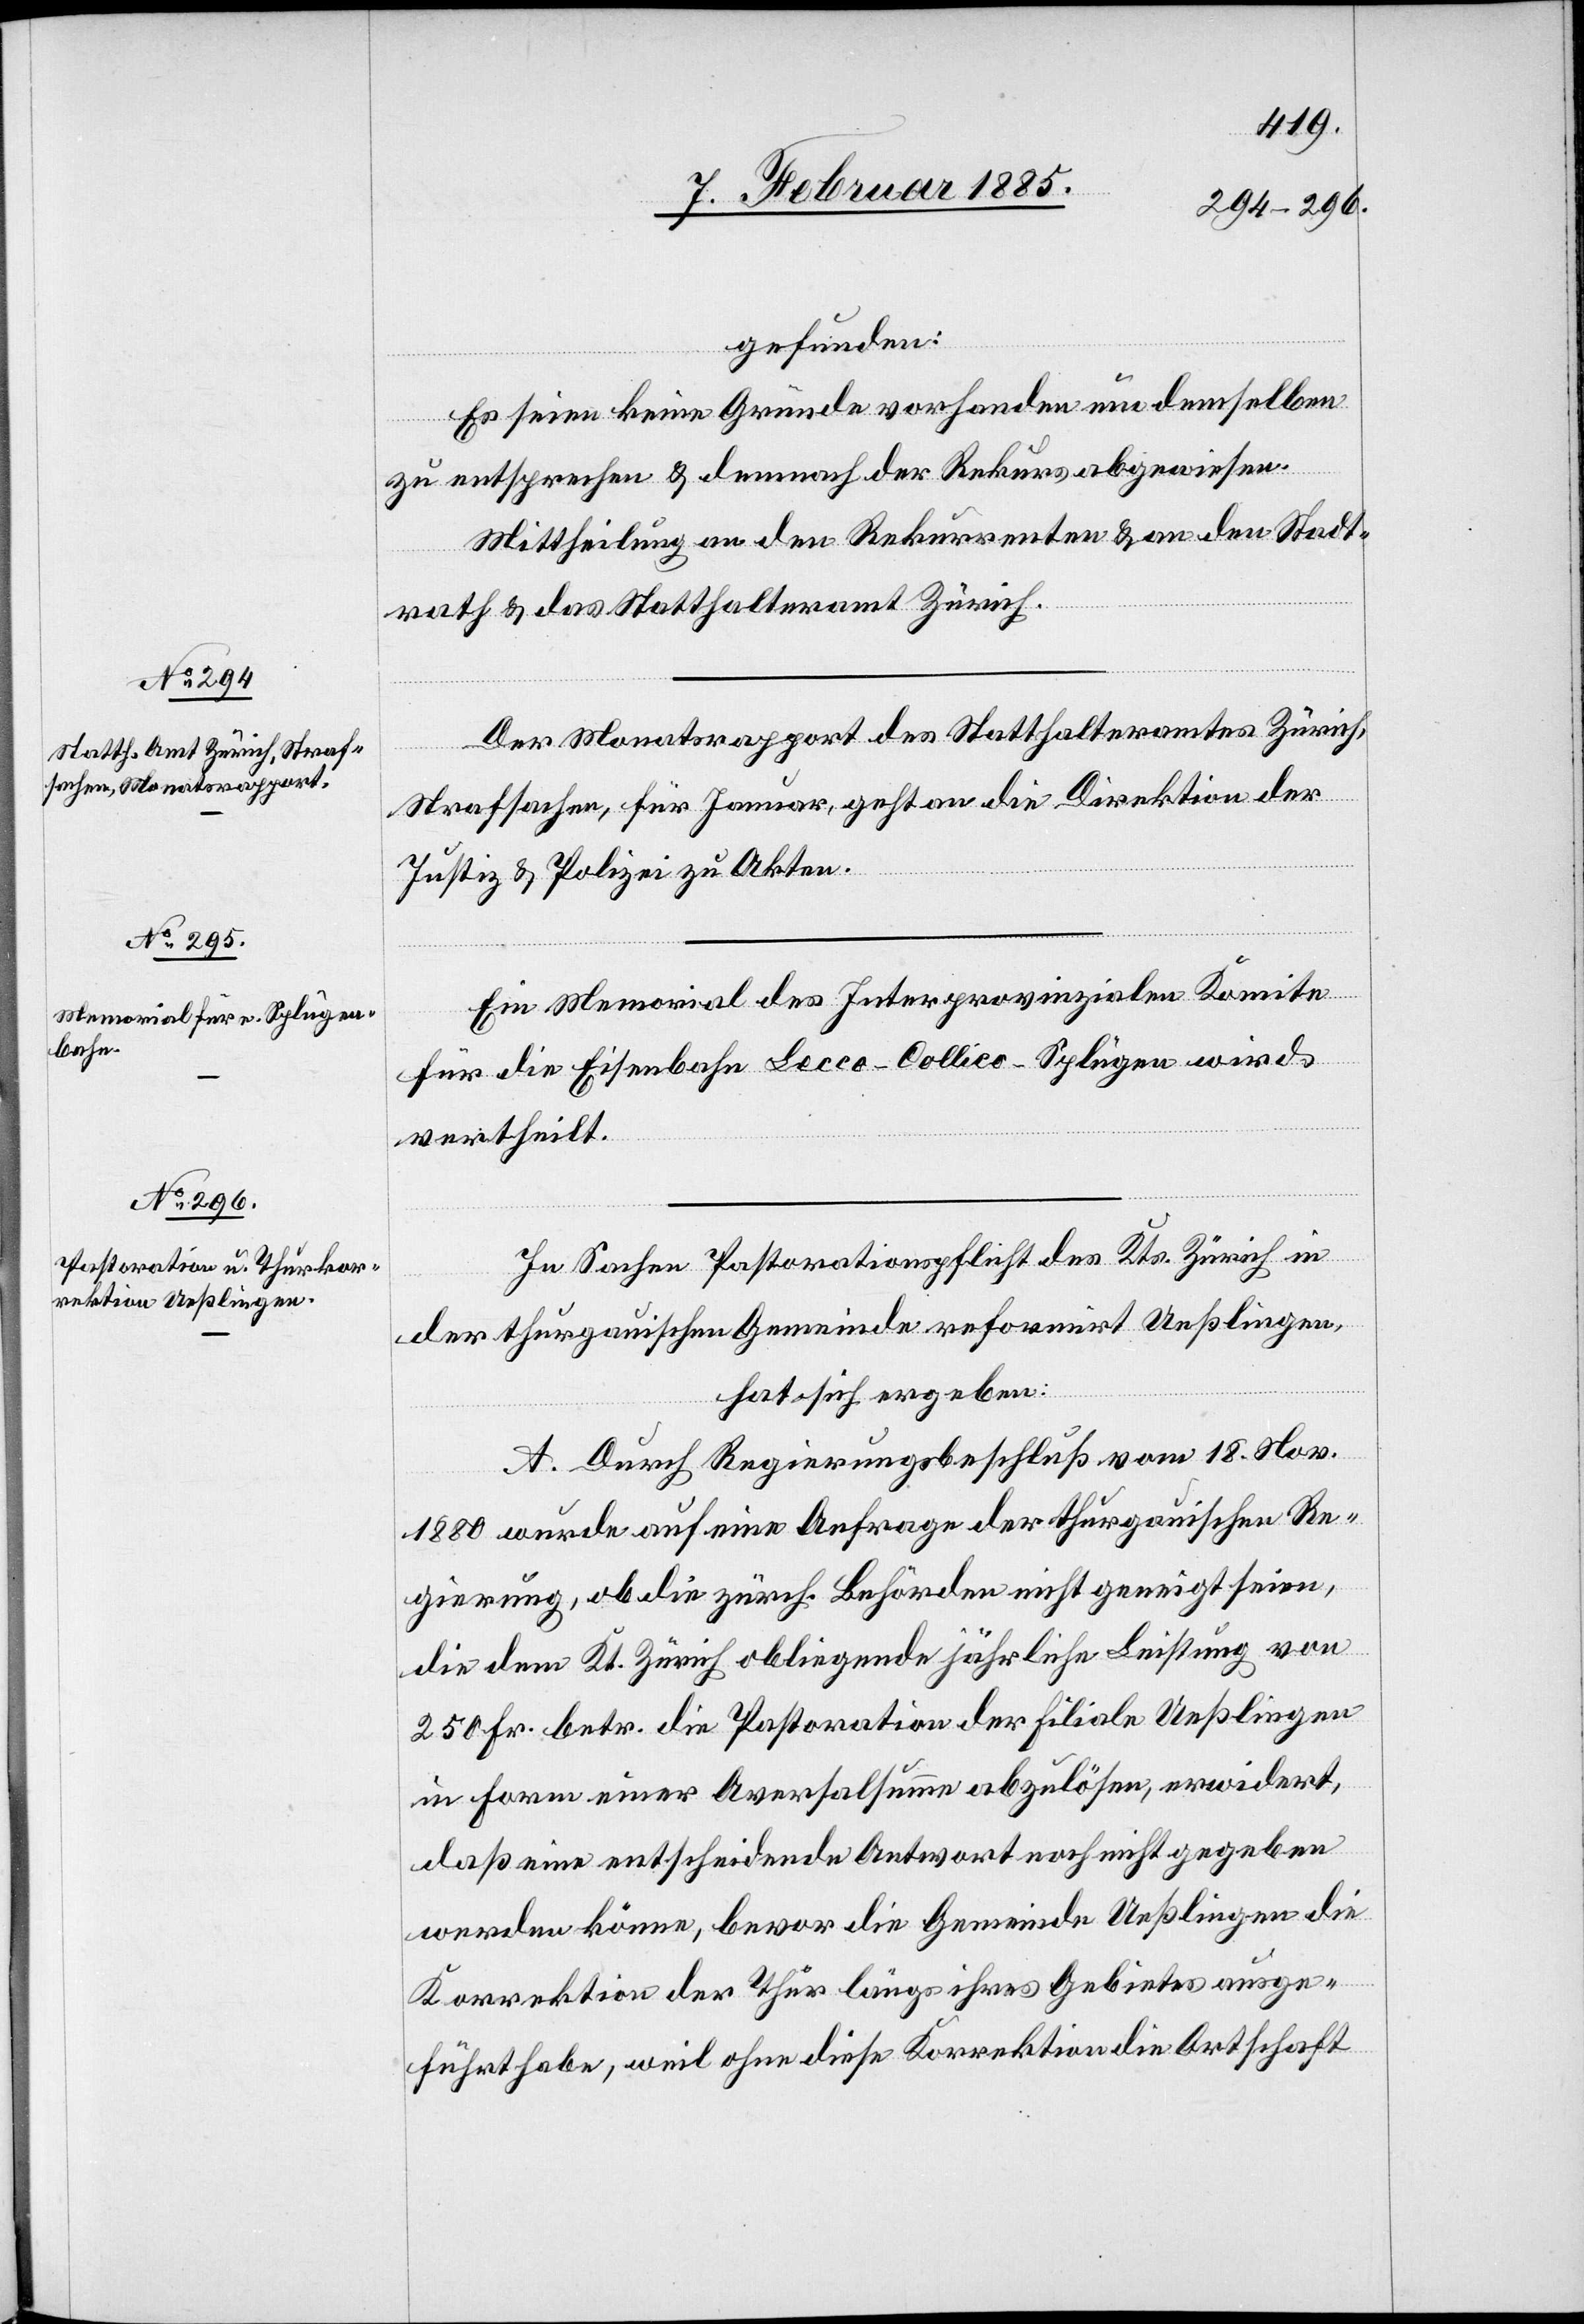
gefunden:
Es seien keine Gründe vorhanden um demselben
zu entsprechen & demnach der Rekurs abgewiesen.
Mittheilung an den Rekurrenten & an den Stadt¬
rath & das Statthalteramt Zürich.
Der Monatsrapport des Statthalteramtes Zürich,
Strafsachen, für Januar, geht an die Direktion der
Justiz & Polizei zu Akten.
Ein Memorial des Interprovinziale Komite
für die Eisenbahn Lecco–Collico–Splügen wird
vertheilt.
In Sachen Pastorationspflicht des Kts. Zürich in
der thurgauischen Gemeinde reformirt Ueßlingen,
hat sich ergeben:
A. Durch Regierungsbeschluß vom 18. Nov.
1880 wurde auf eine Anfrage der thurgauischen Re¬
gierung, ob die zürch. Behörden nicht geneigt seien,
die dem Kt. Zürich obliegende jährliche Leistung von
250 Fr. betr. die Pastoration der Filiale Ueßlingen
in Form einer Aversalsumme abzulösen, erwidert,
daß eine entscheidende Antwort noch nicht gegeben
werden könne, bevor die Gemeinde Ueßlingen die
Korrektion der Thur längs ihres Gebietes ausge¬
führt habe, weil ohne diese Korrektion die Ortschaft